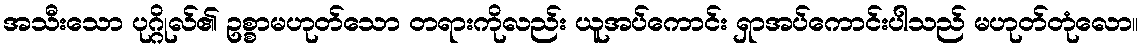
အသီးသော ပုဂ္ဂိုလ်၏ ဥစ္စာမဟုတ်သော တရားကိုလည်း ယူအပ်ကောင်း ရှာအပ်ကောင်းပါသည် မဟုတ်တုံလော။